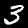
Digit: 3